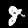
Label: 8